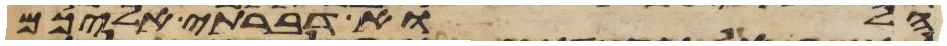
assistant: הלוא דברתי אליכם